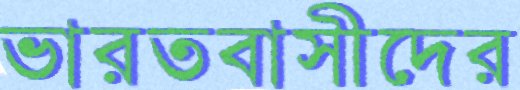
ভারতবাসীদের